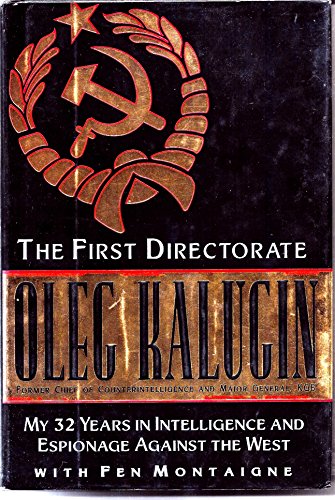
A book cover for The First Directorate: My 32 Years in Intelligence and Espionage Against the West; Oleg Kalugin; History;